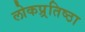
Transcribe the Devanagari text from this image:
लोकप्र्रतिष्ठा